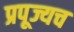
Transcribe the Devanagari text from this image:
प्रपूज्यच